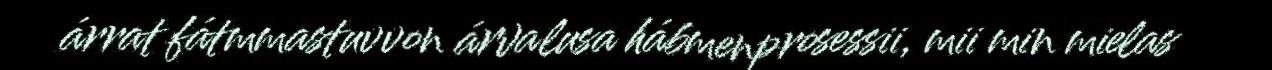
árrat fátmmastuvvon árvalusa hábmenprosessii, mii min mielas